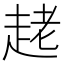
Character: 𧻩